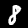
Digit: 8